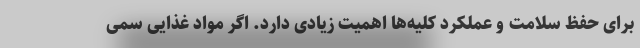
برای حفظ سلامت و عملکرد کلیه‌ها اهمیت زیادی دارد. اگر مواد غذایی سمی